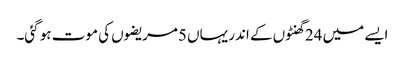
ایسے میں 24 گھنٹوں کے اندر یہاں 5مریضوں کی موت ہو گئی۔